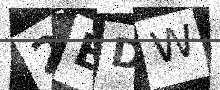
Text: 2EDW